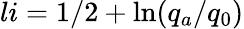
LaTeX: li=1/2+\ln(q_{a}/q_{0})